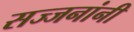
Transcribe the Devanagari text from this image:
सज्जनांनी